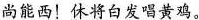
尚能西！休将白发唱黄鸡。